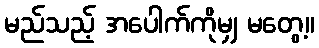
မည်သည့် အပေါက်ကိုမျှ မတွေ့။